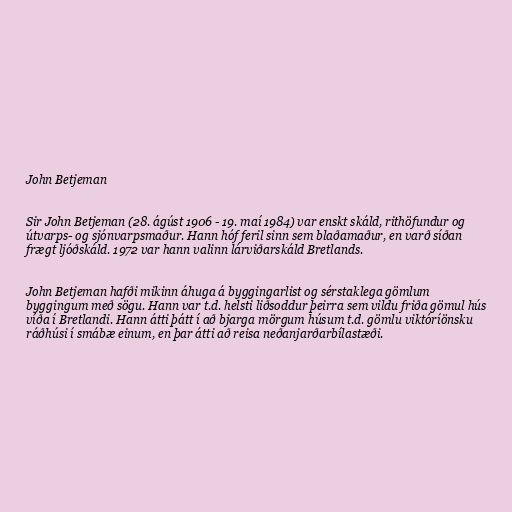
John Betjeman

Sir John Betjeman (28. ágúst 1906 - 19. maí 1984) var enskt skáld, rithöfundur og
útvarps- og sjónvarpsmaður. Hann hóf feril sinn sem blaðamaður, en varð síðan
frægt ljóðskáld. 1972 var hann valinn lárviðarskáld Bretlands.

John Betjeman hafði mikinn áhuga á byggingarlist og sérstaklega gömlum
byggingum með sögu. Hann var t.d. helsti liðsoddur þeirra sem vildu friða gömul hús
víða í Bretlandi. Hann átti þátt í að bjarga mörgum húsum t.d. gömlu viktóríönsku
ráðhúsi í smábæ einum, en þar átti að reisa neðanjarðarbílastæði.